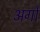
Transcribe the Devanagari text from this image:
अर्गों